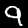
Label: 9